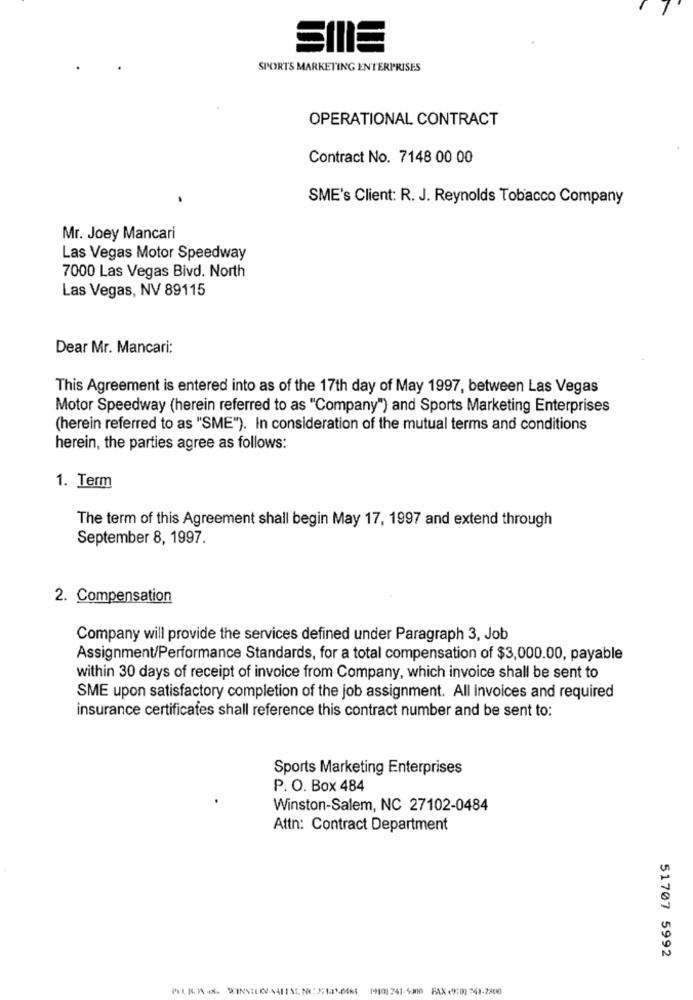
SPORT'S MARKETING ENTERPRISES
OPERATIONAL CONTRACT
Contract No. 7148 00 00
SME's Client: R. J. Reynolds Tobacco Company
Mr. Joey Mancari
Las Vegas Motor Speedway
7000 Las Vegas Bivd. North
Las Vegas, NV 89115
Dear Mr. Mancari:
This Agreement is entered into as of the 17th day of May 1997, between Las Vegas
Motor Speedway (herein referred to as "Company") and Sports Marketing Enterprises
(herein referred to as "SME"). In consideration of the mutual terms and conditions
herein, the parties agree as follows:
1. Term
The term of this Agreement shall begin May 17, 1997 and extend through
September 8, 1997.
2. Compensation
Company will provide the services defined under Paragraph 3, Job
Assignment/Performance Standards, for a total compensation of $3,000.00, payable
within 30 days of receipt of invoice from Company, which invoice shall be sent to
SME upon satisfactory completion of the job assignment. All invoices and required
insurance certificates shall reference this contract number and be sent to:
Sports Marketing Enterprises
P. O. Box 484
Winston-Salem, NC 27102-0484
Attn: Contract Department
51707 5992
1910) 741. 4.mm FAX (9:00 741-2800